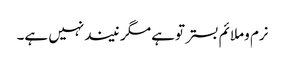
نرم وملائم بستر توہے مگر نیندنہیں ہے۔